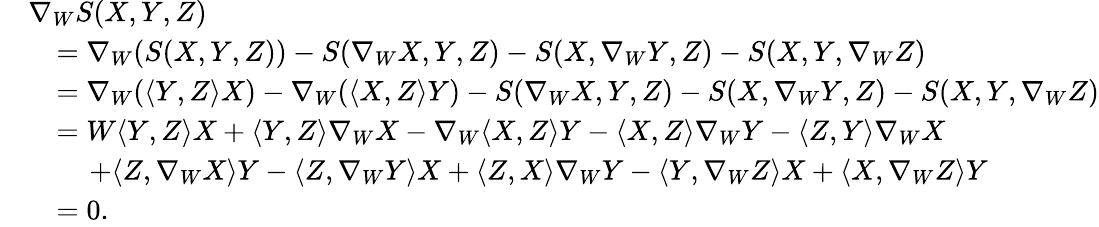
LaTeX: \begin{array}{rl}&{\nabla_{W}S(X,Y,Z)}\\ &{\quad=\nabla_{W}(S(X,Y,Z))-S(\nabla_{W}X,Y,Z)-S(X,\nabla_{W}Y,Z)-S(X,Y,\nabla_{W}Z)}\\ &{\quad=\nabla_{W}(\langle Y,Z\rangle X)-\nabla_{W}(\langle X,Z\rangle Y)-S(\nabla_{W}X,Y,Z)-S(X,\nabla_{W}Y,Z)-S(X,Y,\nabla_{W}Z)}\\ &{\quad=W\langle Y,Z\rangle X+\langle Y,Z\rangle\nabla_{W}X-\nabla_{W}\langle X,Z\rangle Y-\langle X,Z\rangle\nabla_{W}Y-\langle Z,Y\rangle\nabla_{W}X}\\ &{\quad\quad\, +\langle Z,\nabla_{W}X\rangle Y-\langle Z,\nabla_{W}Y\rangle X+\langle Z,X\rangle\nabla_{W}Y-\langle Y,\nabla_{W}Z\rangle X+\langle X,\nabla_{W}Z\rangle Y}\\ &{\quad=0.}\end{array}